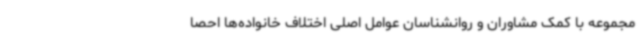
مجموعه با کمک مشاوران و روانشناسان عوامل اصلی اختلاف خانواده‌ها احصا